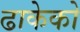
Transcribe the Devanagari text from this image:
ढाकेको